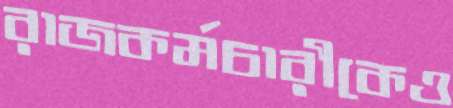
রাজকর্মচারীকেও